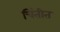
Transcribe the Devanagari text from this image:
चिंतीत